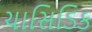
ચાસિડિક